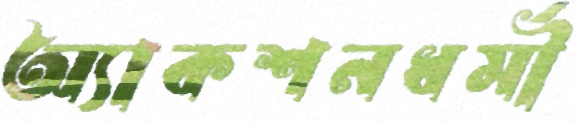
অ্যাকশনধর্মী